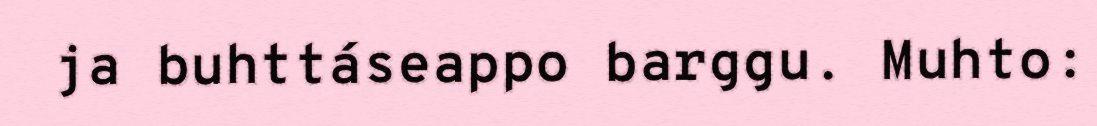
ja buhttáseappo barggu. Muhto: